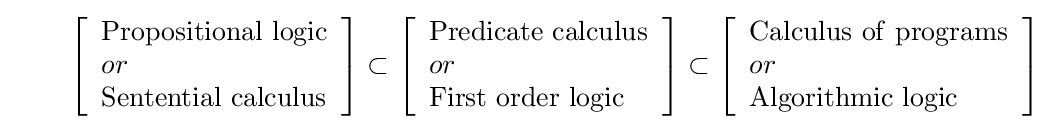
\qquad \left[{\begin{array}{l}\mathrm {Propositional\ logic} \\or\\\mathrm {Sentential\ calculus} \end{array}}\right]\subset \left[{\begin{array}{l}\mathrm {Predicate\ calculus} \\or\\\mathrm {First\ order\ logic} \end{array}}\right]\subset \left[{\begin{array}{l}\mathrm {Calculus\ of\ programs} \\or\\{\mbox{Algorithmic logic}}\end{array}}\right]